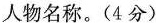
人物名称。(4分)